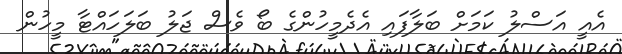
އެއީ އަސްލު ކަމަށް ބަލާފައި އެދެމީހުންގެ ބޯ ވެސް ޖަލު ބަލަހައްޓާ މީހުން